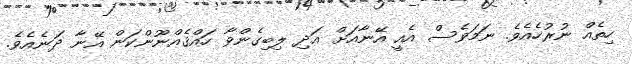
ހިތެއް ނުރުހެއެވެ. ނަމަވެސް އެއީ އޭނާއަށް އަދި ލިބިގެންވާ ހައްޤެއްނޫންކަން އޭނާ ދަނެއެވެ.